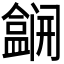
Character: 𫣽